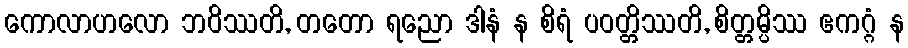
ကောလာဟလော ဘဝိဿတိ, တတော ရညော ဒါနံ န စိရံ ပဝတ္တိဿတိ, စိတ္တမ္ပိဿ ဧကဂ္ဂံ န